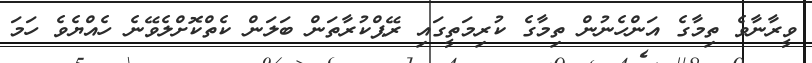
ވީރާނާވެ ތިމާގެ އަންހެނުން ތިމާގެ ކުރިމަތީގައި ރޭޕްކުރާތަން ބަލަން ކެތްކޮށްލެވޭނެ ހެއްޔެވެ ހަމަ